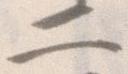
二